Report on horse surra - Volume II, Part II
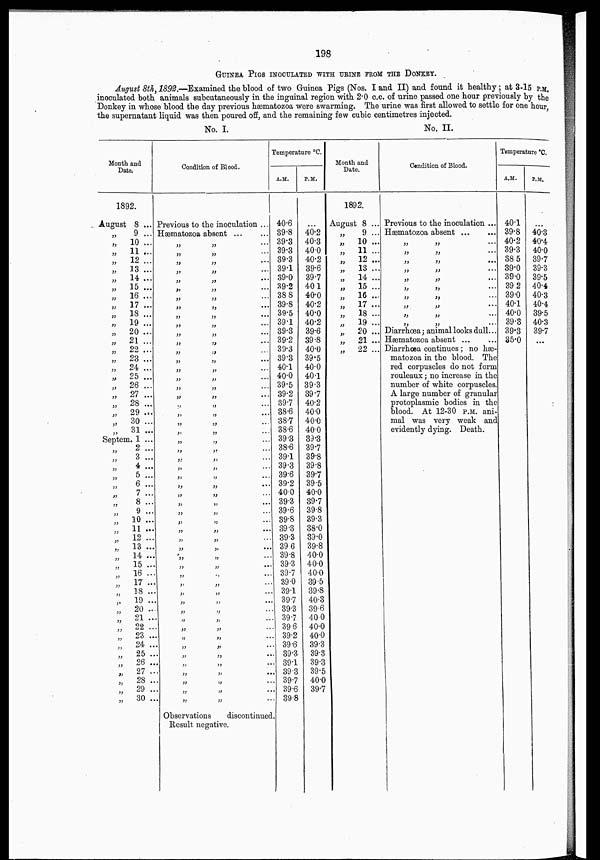
198
GUINEA PIGS INOCULATED WITH URINE FROM THE DONKEY.
August 8th, 1892.—Examined the blood of two Guinea Pigs (Nos. I and II) and found it healthy ; at 3-15 P.M.
inoculated both animals subcutaneously in the inguinal region with 2.0 c.c. of urine passed one hour previously by the
Donkey in whose blood the day previous hæmatozoa were swarming. The urine was first allowed to settle for one hour,
the supernatant liquid was then poured off, and the remaining few cubic centimetres injected.
No. I.
No. II.
Month and
Date.
1892.
August 8 ...
„
9 ...
„
10 ...
„
11 ...
„
12 ...
„
13 ...
„
14 ...
„
15 ...
„
16 ...
„
17 ...
„
18 ...
„
19 ...
„
20 ...
„
21 ...
„
22 ...
„
23 ...
„
24 ...
„
25 ...
„
26 ...
„
27 ...
„
28 ...
„
29 ...
„
30 ...
„
31...
Septem. 1 ...
„
2 ...
„ 3 ...
„
4 ...
„ 5 ...
„
6...
„
7 ...
„
8 ...
„
9 ...
„ 10 ...
„
11 ...
„
12 ...
„ 13 ...
„ 14 ...
„
15 ...
„
16 ...
„ 17 ...
„
18 ...
,.
19 ...
„ 20 ...
„
21 ...
„
22 ...
„
23 ...
„
24 ...
„
25 ...
„
26 ...
„
27 ...
„
28 ...
„
29 ...
„
30 ...
Condition of Blood.
Previous to the inoculation ...
Hæmatozoa absent ...
„
„
„
„
„
„
„
„
„
„
„
„
„
„
„
„
„
„
„
„
„
„
„
„
„
„
„
„
„
„
„
„
„
„
„
„
„
„
„
„
„
„
„
„
„
„
„
„
„
„
„
„
„
„
„
„
„
„
„
„
„
„
„
„
„
„
„
„
„
„
„
„
„
„
„
„
„
„
„
„
„
„
„
„
„
„
„
„
„
„
„
„
„
„
„
„
„
„
„
„
„
„
„
„
...
...
...
...
...
...
...
...
...
...
...
...
...
...
...
...
...
...
...
...
...
...
...
...
...
...
...
...
...
...
...
...
...
...
...
...
...
...
...
...
...
...
...
...
...
...
...
...
...
...
....
...
...
...
Observations discontinued.
Result negative.
Temperature °C.
A.M.
40.6
39.8
39.3
39.3
39.3
39.1
39.0
39.2
38.8
39.8
39.5
39.1
39.3
39.2
39.3
39.3
40.1
40.0
39.5
39.2
39.7
38.6
38.7
38.6
39.3
38.6
39.1
39.3
39.6
39.2
40.0
39.3
39.6
39.8
39.3
39.3
39.6
39.8
39.3
39.7
39.0
39.1
39.7
39.3
39.7
39.6
39.2
39.6
39.3
39.1
39.3
39.7
39.6
39.8
P.M.
...
40.2
40.3
40.0
40.2
39.6
39.7
40.1
40.0
40.2
40.0
40.2
39.6
39.8
40.0
39.5
40.0
40.1
39.3
39.7
40.2
40.0
40.0
40.0
39.3
39.7
39.8
39.8
39.7
39.5
40.0
39.7
39.8
39.3
38.0
39.0
39.8
40.0
40.0
40.0
39.5
39.8
40.3
39.6
40.0
40.0
40.0
39.3
39.3
39.3
39.5
40.0
39.7
Month and
Date.
1892.
August 8 ...
„
„
„
„
„
„
„
„
„
„
„
„
„
„
9 ...
10 ...
11 ...
12 ...
13 ...
14 ...
15 ...
16 ...
17 ...
18 ...
19 ...
20 ...
21 ...
22 ...
Condition of Blood.
Previous to the inoculation ...
Hæmatozoa absent
„
„ ...
„
„ ...
„
„
...
„ „ ...
„
„ ...
„
„ ...
„
„
...
„
„
...
„
„ ...
„
„ ...
Diarrhœa ; animal looks dull...
Hæmatozoa absent ... ...
Diarrhœa continues ; no hæ-
matozoa in the blood. The
red corpuscles do not form
rouleaux ; no increase in the
number of white corpuscles.
A large number of granular
protoplasmic bodies in the
blood. At 12.30 P.M. ani-
mal was very weak and
evidently dying. Death.
Temperature °C.
A.M.
40.1
39.8
40.2
39.3
38 5
39.0
39.0
39.2
39.0
40.1
40.0
39.3
39.3
35.0
P.M.
...
40.3
40.4
40.0
39.7
39.3
39.5
40.4
40.3
40.4
39.5
40.3
39.7
...